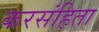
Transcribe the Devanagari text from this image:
करसंहिता